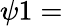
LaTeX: \psi 1=